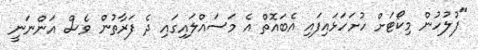
"ފުލުހުން މިކޯޓަށް ހުށަހަޅައިފައި އެބައޮތް އެ މަސައްލައިގައި ދެ ފަރާތުން ވެސް އަންނަނީ